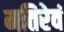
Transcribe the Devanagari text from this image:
मतिरेवं